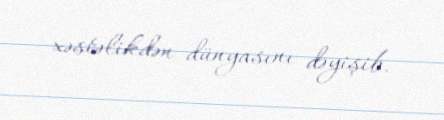
xəstəlikdən dünyasını dəyişib.